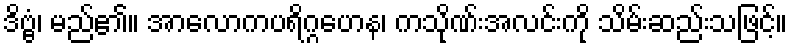
ဒိဗ္ဗံ၊ မည်၏။ အာလောကပရိဂ္ဂဟေန၊ ကသိုဏ်းအလင်းကို သိမ်းဆည်းသဖြင့်။